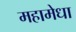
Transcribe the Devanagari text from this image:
महामेधा